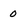
Character: 0